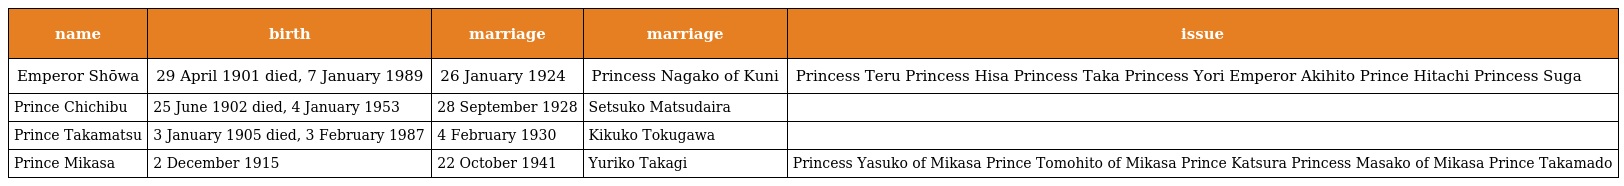
| name | birth | marriage | marriage | issue |
 | --- | --- | --- | --- | --- |
 | Emperor Shōwa | 29 April 1901 died, 7 January 1989 | 26 January 1924 | Princess Nagako of Kuni | Princess Teru Princess Hisa Princess Taka Princess Yori Emperor Akihito Prince Hitachi Princess Suga |
 | Prince Chichibu | 25 June 1902 died, 4 January 1953 | 28 September 1928 | Setsuko Matsudaira |  |
 | Prince Takamatsu | 3 January 1905 died, 3 February 1987 | 4 February 1930 | Kikuko Tokugawa |  |
 | Prince Mikasa | 2 December 1915 | 22 October 1941 | Yuriko Takagi | Princess Yasuko of Mikasa Prince Tomohito of Mikasa Prince Katsura Princess Masako of Mikasa Prince Takamado |